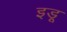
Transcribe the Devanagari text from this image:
इडू